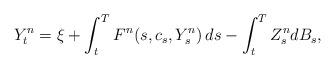
LaTeX: \begin{align*} Y^n_t = \xi + \int_t^T F^n(s, c_s, Y^n_s) \, ds - \int_t^T Z^n_s dB_s, \end{align*}